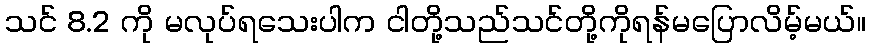
သင် 8.2 ကို မလုပ်ရသေးပါက ငါတို့သည်သင်တို့ကိုရန်မပြောလိမ့်မယ်။